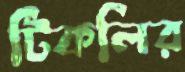
টিকলির